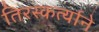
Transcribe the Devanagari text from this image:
तिरस्कर्त्याने